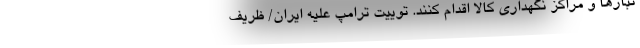
نبارها و مراکز نگهداری کالا اقدام کنند. توییت ترامپ علیه ایران/ ظریف